General report no. 6 on the lunatic asylums, vaccination and dispensaries in the Bengal Presidency, 1873 -
Year: 1873
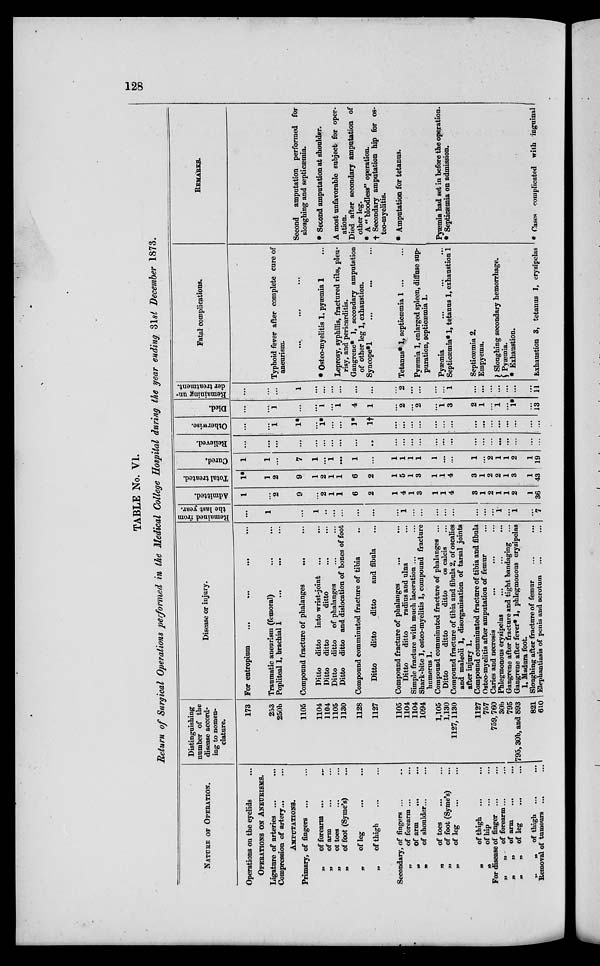
128
TABLE No. VI.
Return of Surgical Operations performed in the Medical College Hospital during the year ending 31st December 1873.
NATURE OF OPERATION.
Operations on the eyelids ...
OPERATIONS ON ANEURISMS.
Ligature of arteries ... ...
Compression of artery... ...
AMPUTATIONS.
Primary, of fingers ... ...
„
of forearm ...
...
„
of arm ... ...
„
of toes ... ...
„
of foot (Syme's) ...
„
of leg ... ...
„
of thigh ... ...
Secondary, of fingers ...
...
„
of forearm ... ...
n
of arm
...
...
„
of shoulder... ...
„
of toes
... ...
„
of foot (Syme's) ...
„
of leg ... ...
„
of thigh
... ...
„
of hip ... ...
For disease of finger ... ...
„
„
of forearm... ...
„
„of arm
... ...
„
„of leg ... ...
„
„
of thigh
... ...
Removal of tumours ... ...
Distinguishing
number of the
disease accord¬
ing to nomen-
clature.
173
253
250b
1105
1104
1104
1105
1130
1128
1127
1105
1104
1104
1094
1,105
1,130
1127,1130
1127
757
759,760
30b
795
795,30b, and 893
821
610
Disease or iujury.
For entropium
...
...
...
...
Traumatic aneurism (femoral)
Popliteal 1, brachial 1
Compound fracture of phalanges
...
Ditto
ditto
into wrist-joint
...
...
Ditto
ditto
ditto
Ditto
ditto
of phalanges
Ditto
ditto and dislocation of bones of foot
Compound comminuted fracture of tibia
..
Ditto
ditto
ditto
and fibula
Compound fracture of phalanges
...
...
Ditto
ditto
radius and ulna...
Simple fracture with much laceration ... ...
Shark-bite 1, osteo-myelitis 1, compound fracture
humerus 1.
Compound comminuted fracture of phalanges ...
Ditto
ditto
ditto
os calcis ...
Compound fracture of tibia and fibula 2, of oscalies
and maleoli 1, disorganisation of tarsal joints
after injury 1.
Compound comminuted fracture of tibia and fibula
Osteo-myelitis after amputation of femur ...
Caries and necrosis ... ... ...
Phlegmonous erysipelas ... ... ...
Gangrene after fracture and tight bandaging ...
Gangrene after fever* 1, phlegmonous erysipelas
1, Madura foot.
81oughing after fracture of femur ... ...
Elephantiasis of penis and scrotum ... ...
Remained from
the last year.
...
1
...
1
..
...
...
...
...
...
1
...
...
...
...
...
...
...
...
1
...
1
...
7
Admitted.
1
...
2
9
...
2
1
1
6
2
1
4
1
3
1
1
4
3
1
2
1
1
2
1
36
Total treated.
1*
1
2
9
1
2
1
1
6
2
1
5
1
3
1
1
4
3
1
2
2
1
3
1
43
Cured.
1
1
...
7
1
...
1
...
1
...
1
1
1
1
1
...
...
1
...
2
1
1
2
1
19
Relieved.
...
...
...
...
...
...
...
...
...
...
...
...
...
...
...
...
...
...
...
...
...
...
...
...
...
Otherwise.
...
...
1
1*
...
1*
...
...
1*
1†
...
...
...
...
...
...
...
...
...
...
...
...
...
...
...
Died.
...
...
1
...
...
1
...
1
4
1
...
2
...
2
...
1
3
2
1
...
1
...
1*
...
13
Remaining un-
der treatment.
...
...
...
1
...
...
...
...
...
...
2
...
...
...
...
1
...
...
...
...
...
...
...
11
Fatal complications.
Typhoid fever after complete cure of
aneurism.
...
...
...
* Osteo-myelitis 1, pyæmia 1
Leprosy, syphilis, fractured ribs, pleu-
risy, and pericarditis.
Gangrene* 1, secondary amputation
of other leg 1, exhaustion.
Syncope*l
Tetanus* 1, septicemia 1 ... ...
Pyaemia 1, enlarged spleen, diffuse sup-
puration, septicæmia 1.
Pyaemia ... ... ...
Septicæmia* 1, tetanus 1, exhaustion 1
Septicaemia 2.
Empyema.
Sloughing secondary hemorrhage.
Pyæmia.
* Exhaustion.
Exhaustion 3, tetanus 1, erysipelas
REMARKS.
Second amputation performed for
sloughing and septicæmia.
* Second amputation at ahoulder.
A most unfavorable subject for oper-
ation.
Died after secondary amputation of
other leg.
* A '' bloodless" operation.
† Secondary amputation hip for os-
teo-myelitis.
* Amputation for tetanus.
Pyaemia bad set in before the operation.
* Septicaemia on admission.
* Case* complicated with inguinal